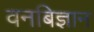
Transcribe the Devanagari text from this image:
वनबिज्ञान